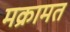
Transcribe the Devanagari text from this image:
मक्रामत